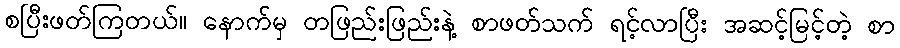
စပြီးဖတ်ကြတယ်။ နောက်မှ တဖြည်းဖြည်းနဲ့ စာဖတ်သက် ရင့်လာပြီး အဆင့်မြင့်တဲ့ စာ